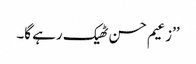
’’زعیم حسن ٹھیک رہے گا۔